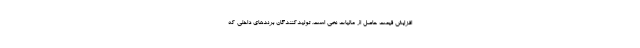
افزایش قیمت حاصل از مالیات نخی است. تولیدکنندگان برندهای داخلی که